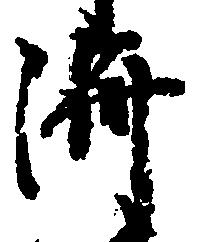
済